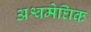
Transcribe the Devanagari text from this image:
अश्वमेघिक